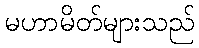
မဟာမိတ်များသည်